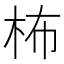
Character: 柨